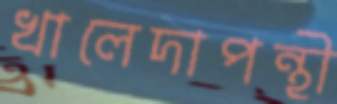
খালেদাপন্থী